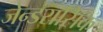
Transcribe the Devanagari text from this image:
जेन्डरासिक